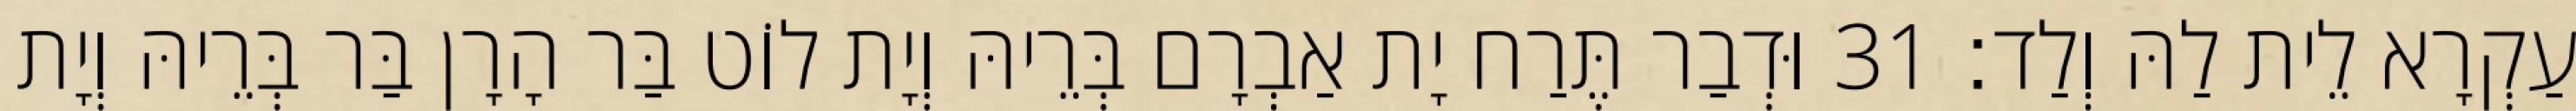
עַקְרָא לֵית לַהּ וְלַד׃ 31 וּדְבַר תֶּרַח יָת אַבְרָם בְּרֵיהּ וְיָת לוֹט בַּר הָרָן בַּר בְּרֵיהּ וְיָת